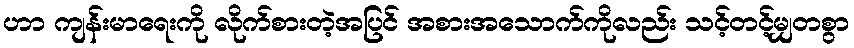
ဟာ ကျန်းမာရေးကို လိုက်စားတဲ့အပြင် အစားအသောက်ကိုလည်း သင့်တင့်မျှတစွာ